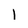
Character: 1